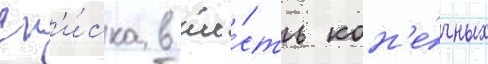
сп'и́ска в ше́сть кон'е́чных